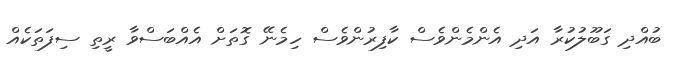
ބުއްދި ގަބޫލުކުރާ އަދި އެންމެންވެސް ކާފިރުންވެސް ހިމެނޭ ގޮތަށް އެއްބަސްވާ ރީތި ސިފަތަކެއް